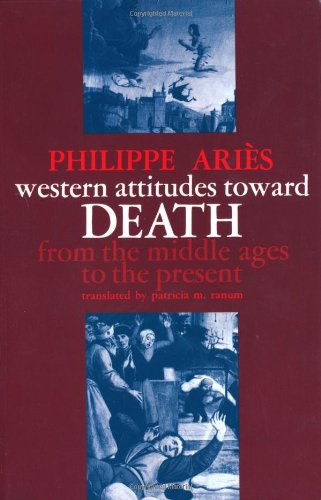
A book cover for Western Attitudes toward Death: From the Middle Ages to the Present (The Johns Hopkins Symposia in Comparative History); Philippe AriÃ¨s; Self-Help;